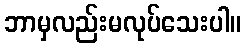
ဘာမှလည်းမလုပ်သေးပါ။